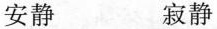
安静 寂静